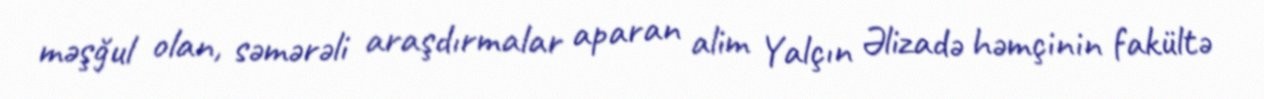
məşğul olan, səmərəli araşdırmalar aparan alim Yalçın Əlizadə həmçinin fakültə